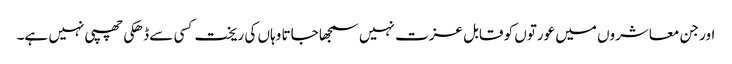
اور جن معاشروں میں عورتوں کو قابل عزت نہیں سمجھا جاتا وہاں کی ریخت کسی سے ڈھکی چھپی نہیں ہے۔